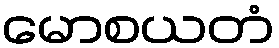
မောစယတံ